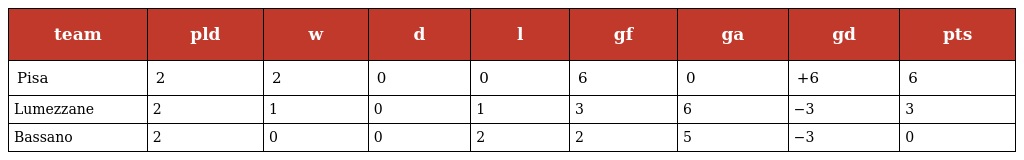
| team | pld | w | d | l | gf | ga | gd | pts |
 | --- | --- | --- | --- | --- | --- | --- | --- | --- |
 | Pisa | 2 | 2 | 0 | 0 | 6 | 0 | +6 | 6 |
 | Lumezzane | 2 | 1 | 0 | 1 | 3 | 6 | −3 | 3 |
 | Bassano | 2 | 0 | 0 | 2 | 2 | 5 | −3 | 0 |